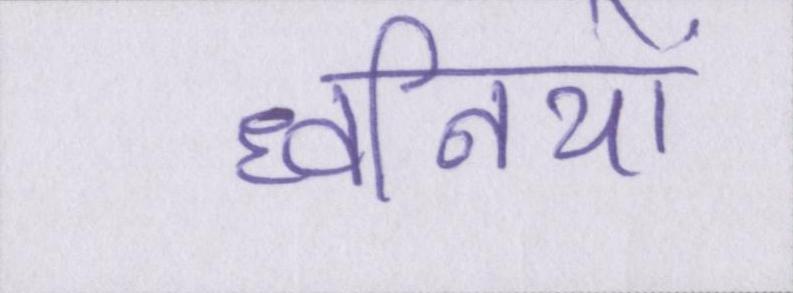
ध्वनियों